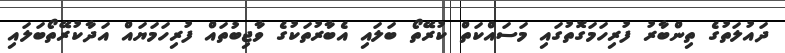
ދައުލަތުގެ ތިންބާރު ފުރިހަމަގޮތުގައި މަސައްކަތް ކުރޭތޯ ބަލައި އެބާރުތަކުގެ ވާޖިބުތައް ފުރިހަމަޔައް އަދާކުރޭތޯބަލައި